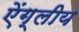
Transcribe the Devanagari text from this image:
ऐंग्लीय